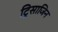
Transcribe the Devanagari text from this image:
ट्रिसाजिन